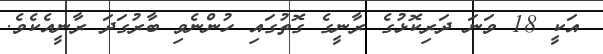
އަކީ 18 ވަނަ ދަރިކޮޅުގެ ރާނީގެ ގޮތުގައި ހުންނެވި ބާރުގަދަ ރާނީއެކެވެ.